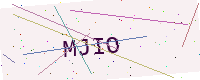
Text: MJIO